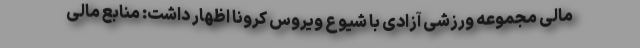
مالی مجموعه ورزشی آزادی با شیوع ویروس کرونا اظهار داشت: منابع مالی